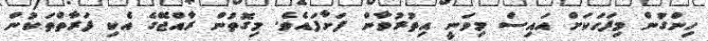
ހިންގުން މިފަހަކަށް އައިސް މިވަނީ އިތުރުވާން ފަށާފައެވެ. މިގޮތުން ރާއްޖޭގެ އެކި ފަރާތްތަކުން